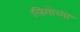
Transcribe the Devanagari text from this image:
लिगोच्या